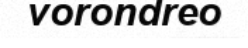
vorondreo